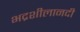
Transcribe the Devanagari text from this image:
भद्रशीलानदी